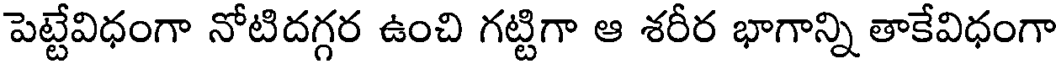
పెట్టేవిధంగా నోటిదగ్గర ఉంచి గట్టిగా ఆ శరీర భాగాన్ని తాకేవిధంగా